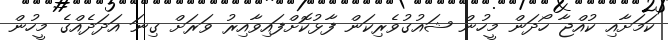
ކަމަށާއި ކުއްޖާ ހޯދަން މީހުން ޝައުގުވެރިކަން ފާޅުކޮށްފައިވާއިރު ވަރަށް ގިނަ އަދަދެއްގެ މީހުން